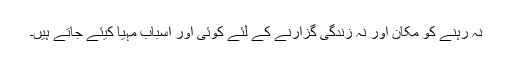
نہ رہنے کو مکان اور نہ زندگی گزارنے کے لئے کوئی اور اسباب مہیا کیئے جاتے ہیں۔